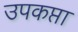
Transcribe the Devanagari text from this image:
उपकप्ता